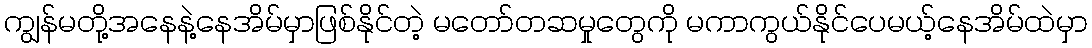
ကျွန်မတို့အနေနဲ့နေအိမ်မှာဖြစ်နိုင်တဲ့ မတော်တဆမှုတွေကို မကာကွယ်နိုင်ပေမယ့်နေအိမ်ထဲမှာ